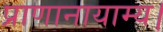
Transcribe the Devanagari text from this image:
प्राणानायाम्य।